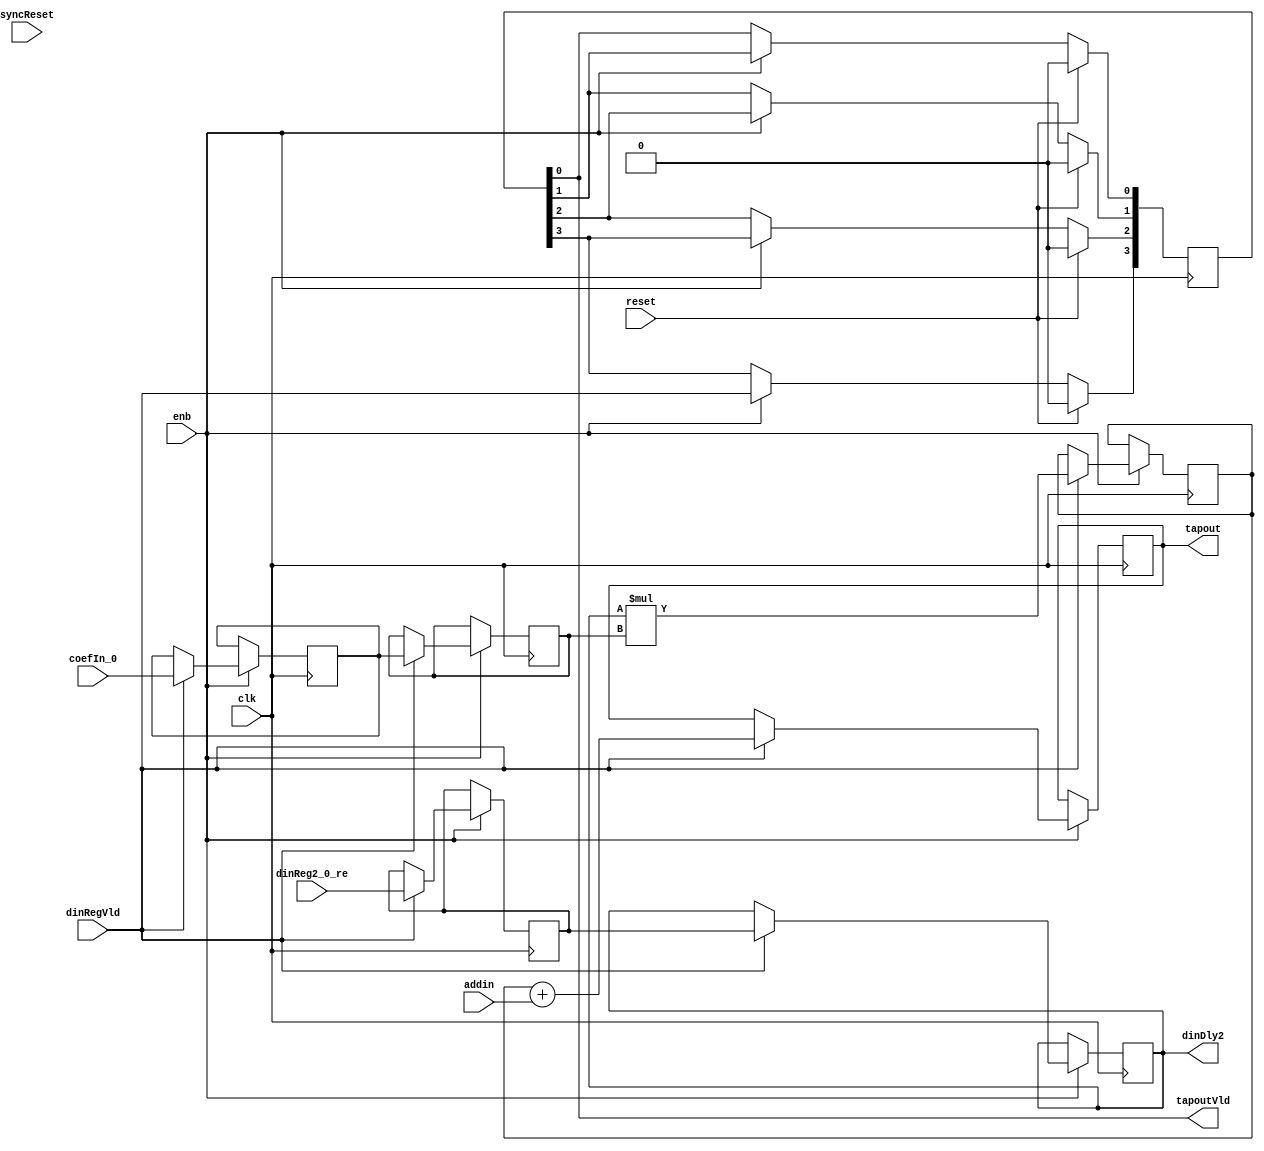
// -------------------------------------------------------------
// 
// 
// Generated by MATLAB 9.9 and HDL Coder 3.17
// 
// -------------------------------------------------------------


// -------------------------------------------------------------
// 
// Module: FilterTapSystolicWvldin
// Source Path: project_detect/Pulse Detector/Discrete FIR Filter HDL Optimized/FilterBank/subFilter/FilterTapSystolicWvldin
// Hierarchy Level: 4
// 
// -------------------------------------------------------------

`timescale 1 ns / 1 ns

module FilterTapSystolicWvldin
          (clk,
           reset,
           enb,
           dinReg2_0_re,
           coefIn_0,
           addin,
           dinRegVld,
           syncReset,
           dinDly2,
           tapout,
           tapoutVld);


  input   clk;
  input   reset;
  input   enb;
  input   signed [16:0] dinReg2_0_re;  // sfix17_En14
  input   signed [18:0] coefIn_0;  // sfix19_En23
  input   signed [39:0] addin;  // sfix40_En37
  input   dinRegVld;
  input   syncReset;
  output  signed [16:0] dinDly2;  // sfix17_En14
  output  signed [39:0] tapout;  // sfix40_En37
  output  tapoutVld;


  reg signed [16:0] fTap_din_reg1;  // sfix17
  reg signed [18:0] fTap_coef_reg1;  // sfix19
  reg signed [16:0] fTap_din_reg2;  // sfix17
  reg signed [18:0] fTap_coef_reg2;  // sfix19
  reg signed [35:0] fTap_mult_reg;  // sfix36
  reg signed [39:0] fTap_addout_reg;  // sfix40
  reg signed [16:0] fTap_din_reg1_next;  // sfix17_En14
  reg signed [18:0] fTap_coef_reg1_next;  // sfix19_En23
  reg signed [16:0] fTap_din_reg2_next;  // sfix17_En14
  reg signed [18:0] fTap_coef_reg2_next;  // sfix19_En23
  reg signed [35:0] fTap_mult_reg_next;  // sfix36_En37
  reg signed [39:0] fTap_addout_reg_next;  // sfix40_En37
  reg signed [16:0] dinDly2_1;  // sfix17_En14
  reg signed [39:0] tapout_1;  // sfix40_En37
  reg  [0:3] intdelay_reg;  // ufix1 [4]
  wire [0:3] intdelay_reg_next;  // ufix1 [4]
  reg signed [39:0] fTap_add_cast;  // sfix40_En37

  initial begin
    fTap_din_reg1 = 17'sb00000000000000000;
    fTap_coef_reg1 = 19'sb0000000000000000000;
    fTap_din_reg2 = 17'sb00000000000000000;
    fTap_coef_reg2 = 19'sb0000000000000000000;
    fTap_mult_reg = 36'sh000000000;
    fTap_addout_reg = 40'sh0000000000;
  end

  // FilterTapSystlicWvldIn
  always @(posedge clk)
    begin : fTap_process
      if (enb) begin
        fTap_din_reg1 <= fTap_din_reg1_next;
        fTap_coef_reg1 <= fTap_coef_reg1_next;
        fTap_din_reg2 <= fTap_din_reg2_next;
        fTap_coef_reg2 <= fTap_coef_reg2_next;
        fTap_mult_reg <= fTap_mult_reg_next;
        fTap_addout_reg <= fTap_addout_reg_next;
      end
    end

  always @(addin, coefIn_0, dinReg2_0_re, dinRegVld, fTap_addout_reg, fTap_coef_reg1,
       fTap_coef_reg2, fTap_din_reg1, fTap_din_reg2, fTap_mult_reg) begin
    fTap_add_cast = 40'sh0000000000;
    fTap_din_reg1_next = fTap_din_reg1;
    fTap_coef_reg1_next = fTap_coef_reg1;
    fTap_din_reg2_next = fTap_din_reg2;
    fTap_coef_reg2_next = fTap_coef_reg2;
    fTap_mult_reg_next = fTap_mult_reg;
    fTap_addout_reg_next = fTap_addout_reg;
    if (dinRegVld) begin
      fTap_add_cast = {{4{fTap_mult_reg[35]}}, fTap_mult_reg};
      fTap_addout_reg_next = fTap_add_cast + addin;
      fTap_mult_reg_next = fTap_din_reg2 * fTap_coef_reg2;
      fTap_din_reg2_next = fTap_din_reg1;
      fTap_coef_reg2_next = fTap_coef_reg1;
      fTap_din_reg1_next = dinReg2_0_re;
      fTap_coef_reg1_next = coefIn_0;
    end
    dinDly2_1 = fTap_din_reg2;
    tapout_1 = fTap_addout_reg;
  end



  always @(posedge clk)
    begin : intdelay_process
      if (reset == 1'b1) begin
        intdelay_reg[0] <= 1'b0;
        intdelay_reg[1] <= 1'b0;
        intdelay_reg[2] <= 1'b0;
        intdelay_reg[3] <= 1'b0;
      end
      else begin
        if (enb) begin
          intdelay_reg[0] <= intdelay_reg_next[0];
          intdelay_reg[1] <= intdelay_reg_next[1];
          intdelay_reg[2] <= intdelay_reg_next[2];
          intdelay_reg[3] <= intdelay_reg_next[3];
        end
      end
    end

  assign tapoutVld = intdelay_reg[3];
  assign intdelay_reg_next[0] = dinRegVld;
  assign intdelay_reg_next[1] = intdelay_reg[0];
  assign intdelay_reg_next[2] = intdelay_reg[1];
  assign intdelay_reg_next[3] = intdelay_reg[2];



  assign dinDly2 = dinDly2_1;

  assign tapout = tapout_1;

endmodule  // FilterTapSystolicWvldin